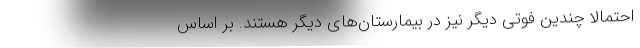
احتمالا چندین فوتی‌ دیگر نیز در بیمارستان‌های دیگر هستند. بر اساس